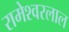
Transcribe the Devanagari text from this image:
रामेश्वरलाल